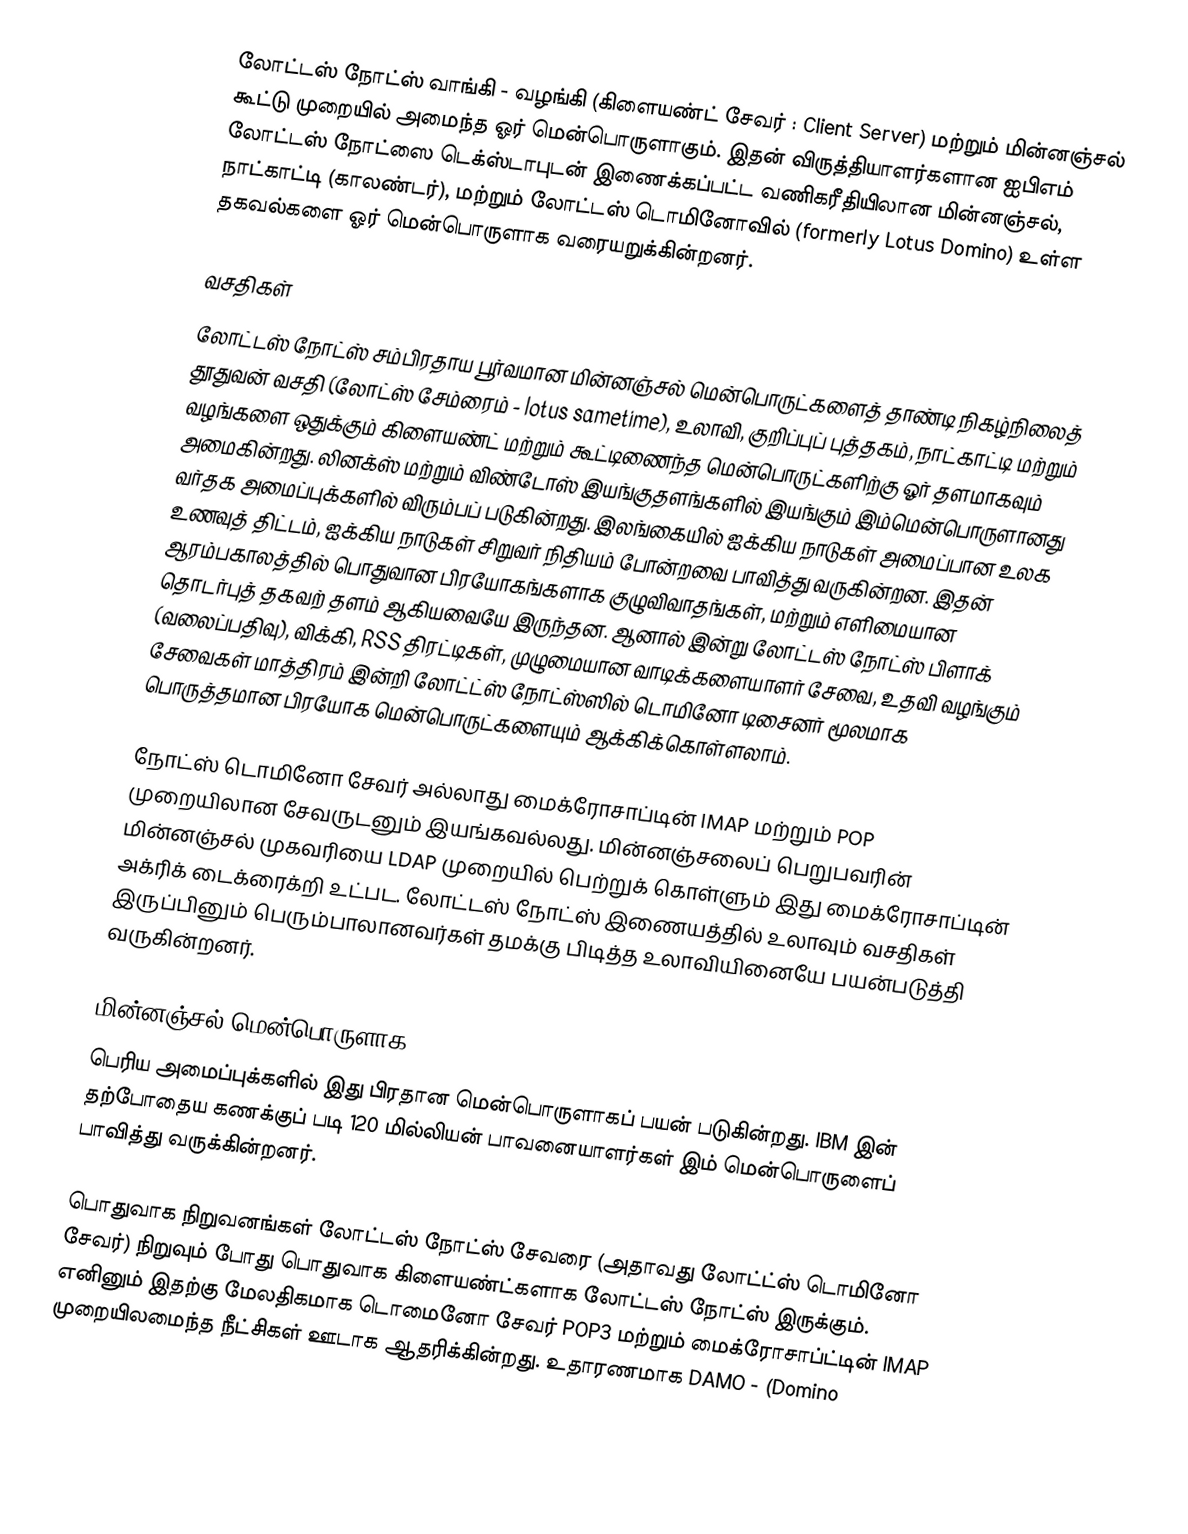
லோட்டஸ் நோட்ஸ் வாங்கி - வழங்கி (கிளையண்ட் சேவர் : Client Server) மற்றும் மின்னஞ்சல் கூட்டு முறையில் அமைந்த ஓர் மென்பொருளாகும். இதன் விருத்தியாளர்களான ஐபிஎம் லோட்டஸ் நோட்ஸை டெக்ஸ்டாபுடன் இணைக்கப்பட்ட வணிகரீதியிலான மின்னஞ்சல், நாட்காட்டி (காலண்டர்), மற்றும் லோட்டஸ் டொமினோவில் (formerly Lotus Domino) உள்ள தகவல்களை ஓர் மென்பொருளாக வரையறுக்கின்றனர்.

வசதிகள்
லோட்டஸ் நோட்ஸ் சம்பிரதாய பூர்வமான மின்னஞ்சல் மென்பொருட்களைத் தாண்டி நிகழ்நிலைத் தூதுவன் வசதி (லோட்ஸ் சேம்ரைம் - lotus sametime), உலாவி, குறிப்புப் புத்தகம், நாட்காட்டி மற்றும் வழங்களை ஒதுக்கும் கிளையண்ட் மற்றும் கூட்டிணைந்த மென்பொருட்களிற்கு ஓர் தளமாகவும் அமைகின்றது. லினக்ஸ் மற்றும் விண்டோஸ் இயங்குதளங்களில் இயங்கும் இம்மென்பொருளானது வர்தக அமைப்புக்களில் விரும்பப் படுகின்றது. இலங்கையில் ஐக்கிய நாடுகள் அமைப்பான உலக உணவுத் திட்டம், ஐக்கிய நாடுகள் சிறுவர் நிதியம் போன்றவை பாவித்து வருகின்றன. இதன் ஆரம்பகாலத்தில் பொதுவான பிரயோகங்களாக குழுவிவாதங்கள், மற்றும் எளிமையான தொடர்புத் தகவற் தளம் ஆகியவையே இருந்தன. ஆனால் இன்று லோட்டஸ் நோட்ஸ் பிளாக் (வலைப்பதிவு), விக்கி, RSS திரட்டிகள், முழுமையான வாடிக்களையாளர் சேவை, உதவி வழங்கும் சேவைகள் மாத்திரம் இன்றி லோட்ட்ஸ் நோட்ஸ்ஸில் டொமினோ டிசைனர் மூலமாக பொருத்தமான பிரயோக மென்பொருட்களையும் ஆக்கிக்கொள்ளலாம்.

நோட்ஸ் டொமினோ சேவர் அல்லாது மைக்ரோசாப்டின் IMAP மற்றும் POP முறையிலான சேவருடனும் இயங்கவல்லது. மின்னஞ்சலைப் பெறுபவரின் மின்னஞ்சல் முகவரியை LDAP முறையில் பெற்றுக் கொள்ளும் இது மைக்ரோசாப்டின் அக்ரிக் டைக்ரைக்றி உட்பட. லோட்டஸ் நோட்ஸ் இணையத்தில் உலாவும் வசதிகள் இருப்பினும் பெரும்பாலானவர்கள் தமக்கு பிடித்த உலாவியினையே பயன்படுத்தி வருகின்றனர்.

மின்னஞ்சல் மென்பொருளாக
பெரிய அமைப்புக்களில் இது பிரதான மென்பொருளாகப் பயன் படுகின்றது. IBM இன் தற்போதைய கணக்குப் படி 120 மில்லியன் பாவனையாளர்கள் இம் மென்பொருளைப் பாவித்து வருக்கின்றனர்.

பொதுவாக நிறுவனங்கள் லோட்டஸ் நோட்ஸ் சேவரை (அதாவது லோட்ட்ஸ் டொமினோ சேவர்) நிறுவும் போது பொதுவாக கிளையண்ட்களாக லோட்டஸ் நோட்ஸ் இருக்கும். எனினும் இதற்கு மேலதிகமாக டொமைனோ சேவர் POP3 மற்றும் மைக்ரோசாப்ட்டின் IMAP முறையிலமைந்த நீட்சிகள் ஊடாக ஆதரிக்கின்றது.  உதாரணமாக DAMO - (Domino